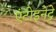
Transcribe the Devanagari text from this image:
एंटोइनेट्टे